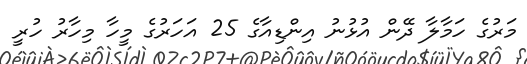
މަރުގެ ހަމާލާ ދޭން އުޅުނު އިންޑިއާގެ 25 އަހަރުގެ މީހާ މިހާރު ހުރީ